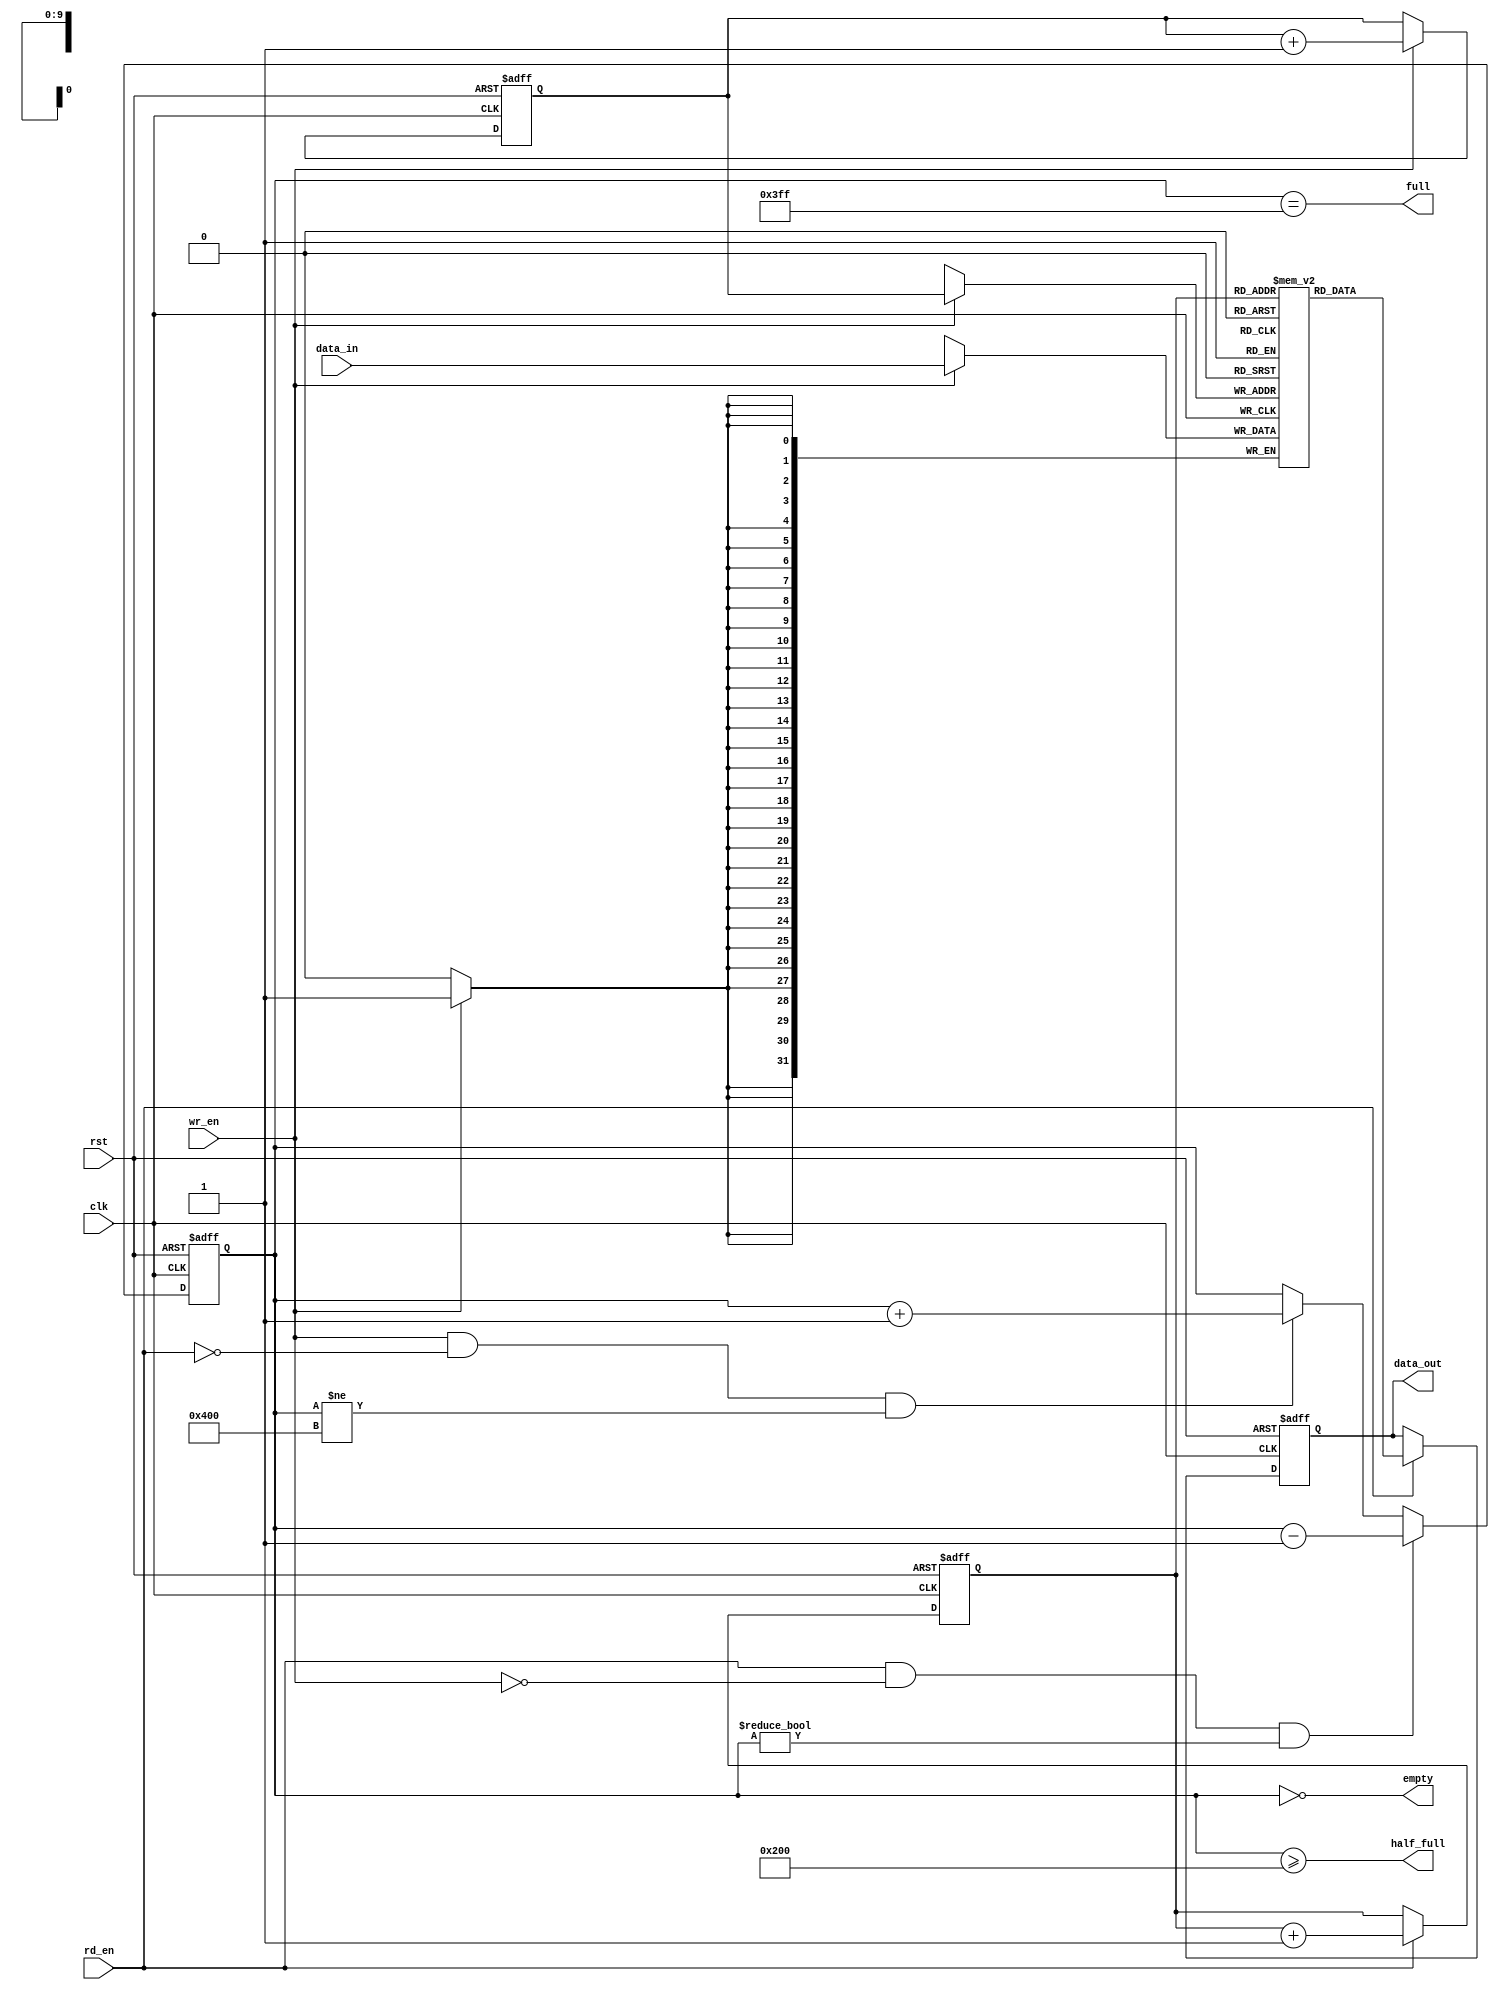

module syn_fifo (
clk      , // Clock input
rst      , // Active high reset
data_in  , // Data input
rd_en    , // Read enable
wr_en    , // Write Enable
data_out , // Data Output
empty    , // FIFO empty
half_full, // FIFO half full
full       // FIFO full
);    
 
// FIFO constants
parameter DATA_WIDTH = 32;
parameter ADDR_WIDTH = 10;
parameter RAM_DEPTH = (1 << ADDR_WIDTH);
// Port Declarations
input clk ;
input rst ;
input rd_en ;
input wr_en ;
input [DATA_WIDTH-1:0] data_in ;
output full ;
output half_full;
output empty ;
output [DATA_WIDTH-1:0] data_out ;

//-----------Internal variables-------------------
reg [ADDR_WIDTH-1:0] wr_pointer;
reg [ADDR_WIDTH-1:0] rd_pointer;
reg [ADDR_WIDTH :0] status_cnt;
reg [DATA_WIDTH-1:0] data_out ;
reg [DATA_WIDTH-1:0] ram [2**ADDR_WIDTH-1:0];
//-----------Variable assignments---------------
assign full = (status_cnt == (RAM_DEPTH-1));
assign half_full = (status_cnt >= (RAM_DEPTH/2));
assign empty = (status_cnt == 0);

//-----------Code Start---------------------------
always @ (posedge clk or posedge rst)
begin : WRITE_POINTER
  if (rst) begin
    wr_pointer <= 0;
  end else if (wr_en ) begin
    wr_pointer <= wr_pointer + 1;
  end
end

always @ (posedge clk or posedge rst)
begin : READ_POINTER
  if (rst) begin
    rd_pointer <= 0;
  end else if (rd_en ) begin
    rd_pointer <= rd_pointer + 1;
  end
end


always @ (posedge clk or posedge rst)
begin : STATUS_COUNTER
  if (rst) begin
    status_cnt <= 0;
  // Read but no write.
  end else if (rd_en && !wr_en 
                && (status_cnt != 0)) begin
    status_cnt <= status_cnt - 1;
  // Write but no read.
  end else if (wr_en && !rd_en 
               && (status_cnt != RAM_DEPTH)) begin
    status_cnt <= status_cnt + 1;
  end
end 


always @(posedge clk)
begin
  if (wr_en)
    ram[wr_pointer] <= data_in;
end

always @(posedge clk or posedge rst)
begin
  if (rst) begin
    data_out <= 0;
  end else if (rd_en )
    data_out <= ram[rd_pointer];
end


endmodule